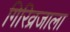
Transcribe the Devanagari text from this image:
गिरिव्रजाला